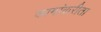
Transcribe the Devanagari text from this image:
कामांकरीता